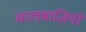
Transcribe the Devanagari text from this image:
चालबाज़ियों